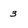
Character: 3